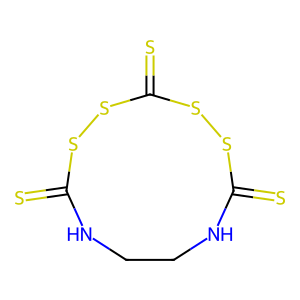
SMILES: S=C1NCCNC(=S)SSC(=S)SS1
Inhibits HIV replication: No